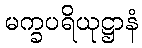
မက္ခပရိယုဋ္ဌာနံ